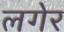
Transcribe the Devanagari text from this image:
लगेर